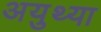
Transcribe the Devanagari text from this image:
अयुथ्या